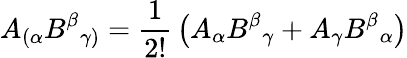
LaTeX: A_{(\alpha}B^{\beta}{}_{\gamma)}={\frac{1}{2!}}\left(A_{\alpha}B^{\beta}{}_{\gamma}+A_{\gamma}B^{\beta}{}_{\alpha}\right)